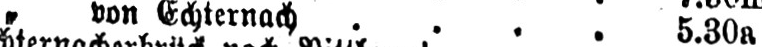
„ von Echternach .... 5.30a